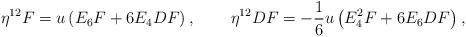
LaTeX: \begin{align*}\eta^{12}F &= u\left(E_6F+6E_4DF\right), & \eta^{12}DF &= -\frac{1}{6}u\left(E_4^2F+6E_6DF\right),\end{align*}